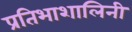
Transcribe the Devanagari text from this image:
प्रतिभाशालिनी